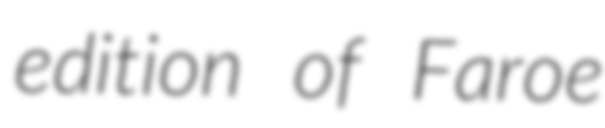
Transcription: edition of Faroe